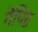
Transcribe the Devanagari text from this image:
गेपिड